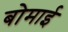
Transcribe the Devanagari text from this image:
बोमाई